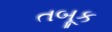
તબૂક